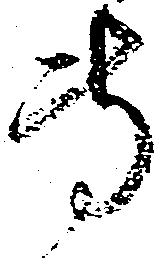
専